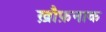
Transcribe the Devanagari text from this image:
ख़ौफ़नाक